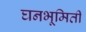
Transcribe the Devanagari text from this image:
घनभूमिती